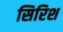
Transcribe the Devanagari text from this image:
सिरिश